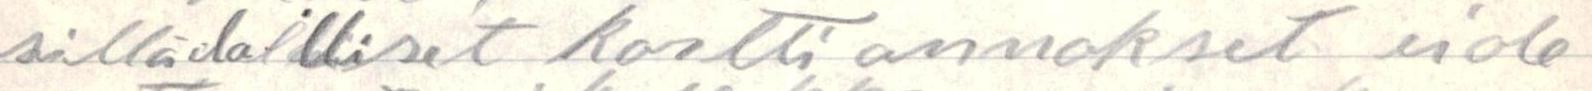
sillälailliset kortti annokset ei ole